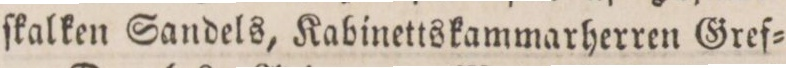
ſkalken Sandels, Kabinettskammarherren Gref=